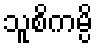
သူစိကမ္ပိ